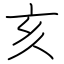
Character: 亥